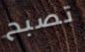
تصبح